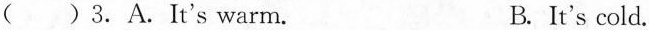
( )3. A. It's warm. B. It's cold.